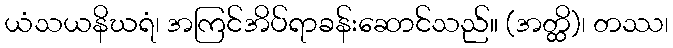
ယံသယနိဃရံ၊ အကြင်အိပ်ရာခန်းဆောင်သည်။ (အတ္ထိ)၊ တဿ၊